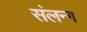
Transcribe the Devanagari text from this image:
संलन्ग